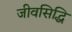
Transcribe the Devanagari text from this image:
जीवसिद्धि